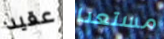
عقيد مستعدا